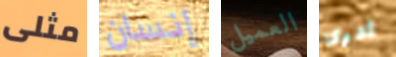
مثلى إنسان العميل ادرى